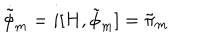
\dot { \tilde { \phi } } _ { m } = i [ H , \tilde { \phi } _ { m } ] = \tilde { \pi } _ { m }